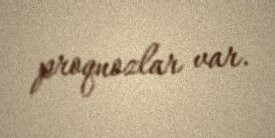
proqnozlar var.